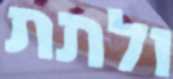
ולתת